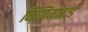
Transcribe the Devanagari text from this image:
मिनिमाइज़्ड